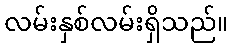
လမ်းနှစ်လမ်းရှိသည်။